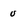
Character: u